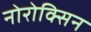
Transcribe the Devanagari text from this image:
नोरोक्सिन